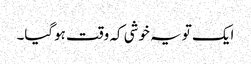
ایک تو یہ خوشی کہ وقت ہوگیا۔